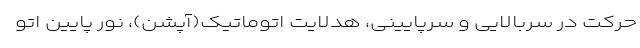
حرکت در سربالایی و سرپایینی، هدلایت اتوماتیک(آپشن)، نور پایین اتو